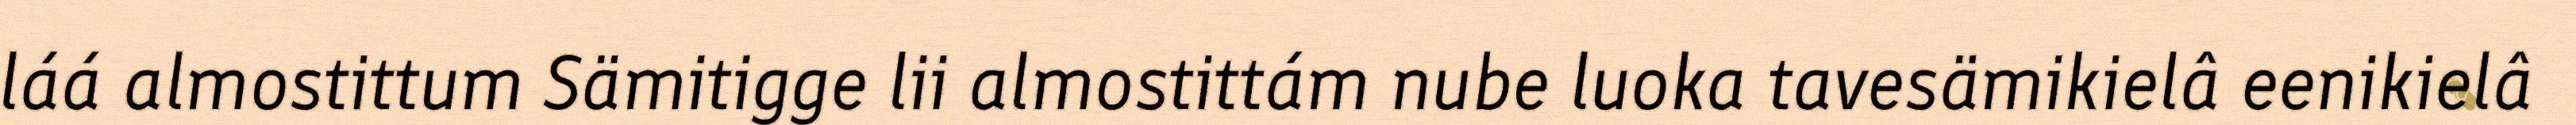
láá almostittum Sämitigge lii almostittám nube luoka tavesämikielâ eenikielâ